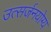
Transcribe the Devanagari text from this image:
उत्सर्जनयोग्य